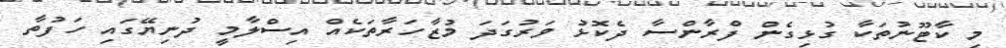
މި ކާޓޫނުތަކާ ގުޅިގެން ފްރާންސާ ދެކޮޅު ވަރުގަދަ މުޒާހަރާތަކެއް އިސްލާމީ ދުނިޔޭގައި ހަފުތާ